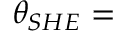
\theta _ { S H E } =